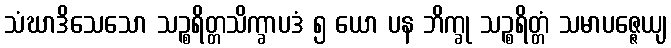
သံဃာဒိသေသော သဉ္စရိတ္တသိက္ခာပဒံ ၅ ယော ပန ဘိက္ခု သဉ္စရိတ္တံ သမာပဇ္ဇေယျ